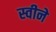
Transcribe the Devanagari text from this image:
स्वीने